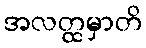
အလတ္ထမှာတိ